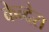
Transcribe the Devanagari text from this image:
केन्देस